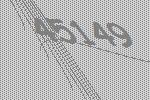
45149